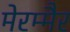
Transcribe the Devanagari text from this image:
मेरम्मैर